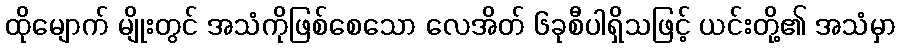
ထိုမျောက် မျိုးတွင် အသံကိုဖြစ်စေသော လေအိတ် ၆ခုစီပါရှိသဖြင့် ယင်းတို့၏ အသံမှာ